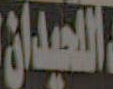
اللحيدان